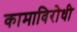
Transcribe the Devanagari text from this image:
कामाविरोधी